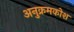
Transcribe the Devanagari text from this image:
अनुक्रमकोश